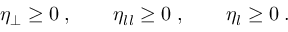
\eta _ { \perp } \geq 0 \; , \qquad \eta _ { l l } \geq 0 \; , \qquad \eta _ { l } \geq 0 \; .